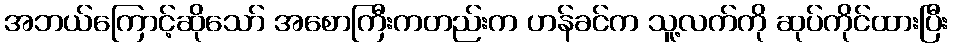
အဘယ်ကြောင့်ဆိုသော် အစောကြီးကတည်းက ဟန်ခင်က သူ့လက်ကို ဆုပ်ကိုင်ထားပြီး